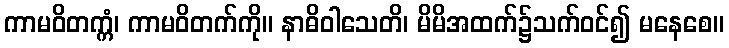
ကာမဝိတက္ကံ၊ ကာမဝိတက်ကို။ နာဓိဝါသေတိ၊ မိမိအထက်၌သက်ဝင်၍ မနေစေ။